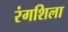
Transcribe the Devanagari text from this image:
रंगशिला